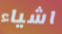
اشياء